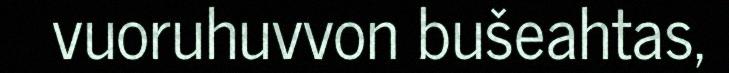
vuoruhuvvon bušeahtas,